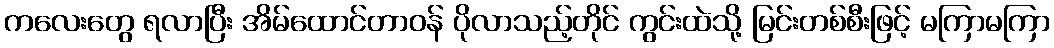
ကလေးတွေ ရလာပြီး အိမ်ထောင်တာဝန် ပိုလာသည့်တိုင် ကွင်းထဲသို့ မြင်းတစ်စီးဖြင့် မကြာမကြာ